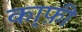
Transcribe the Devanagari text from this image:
का्फ़ी